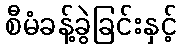
စီမံခန့်ခွဲခြင်းနှင့်